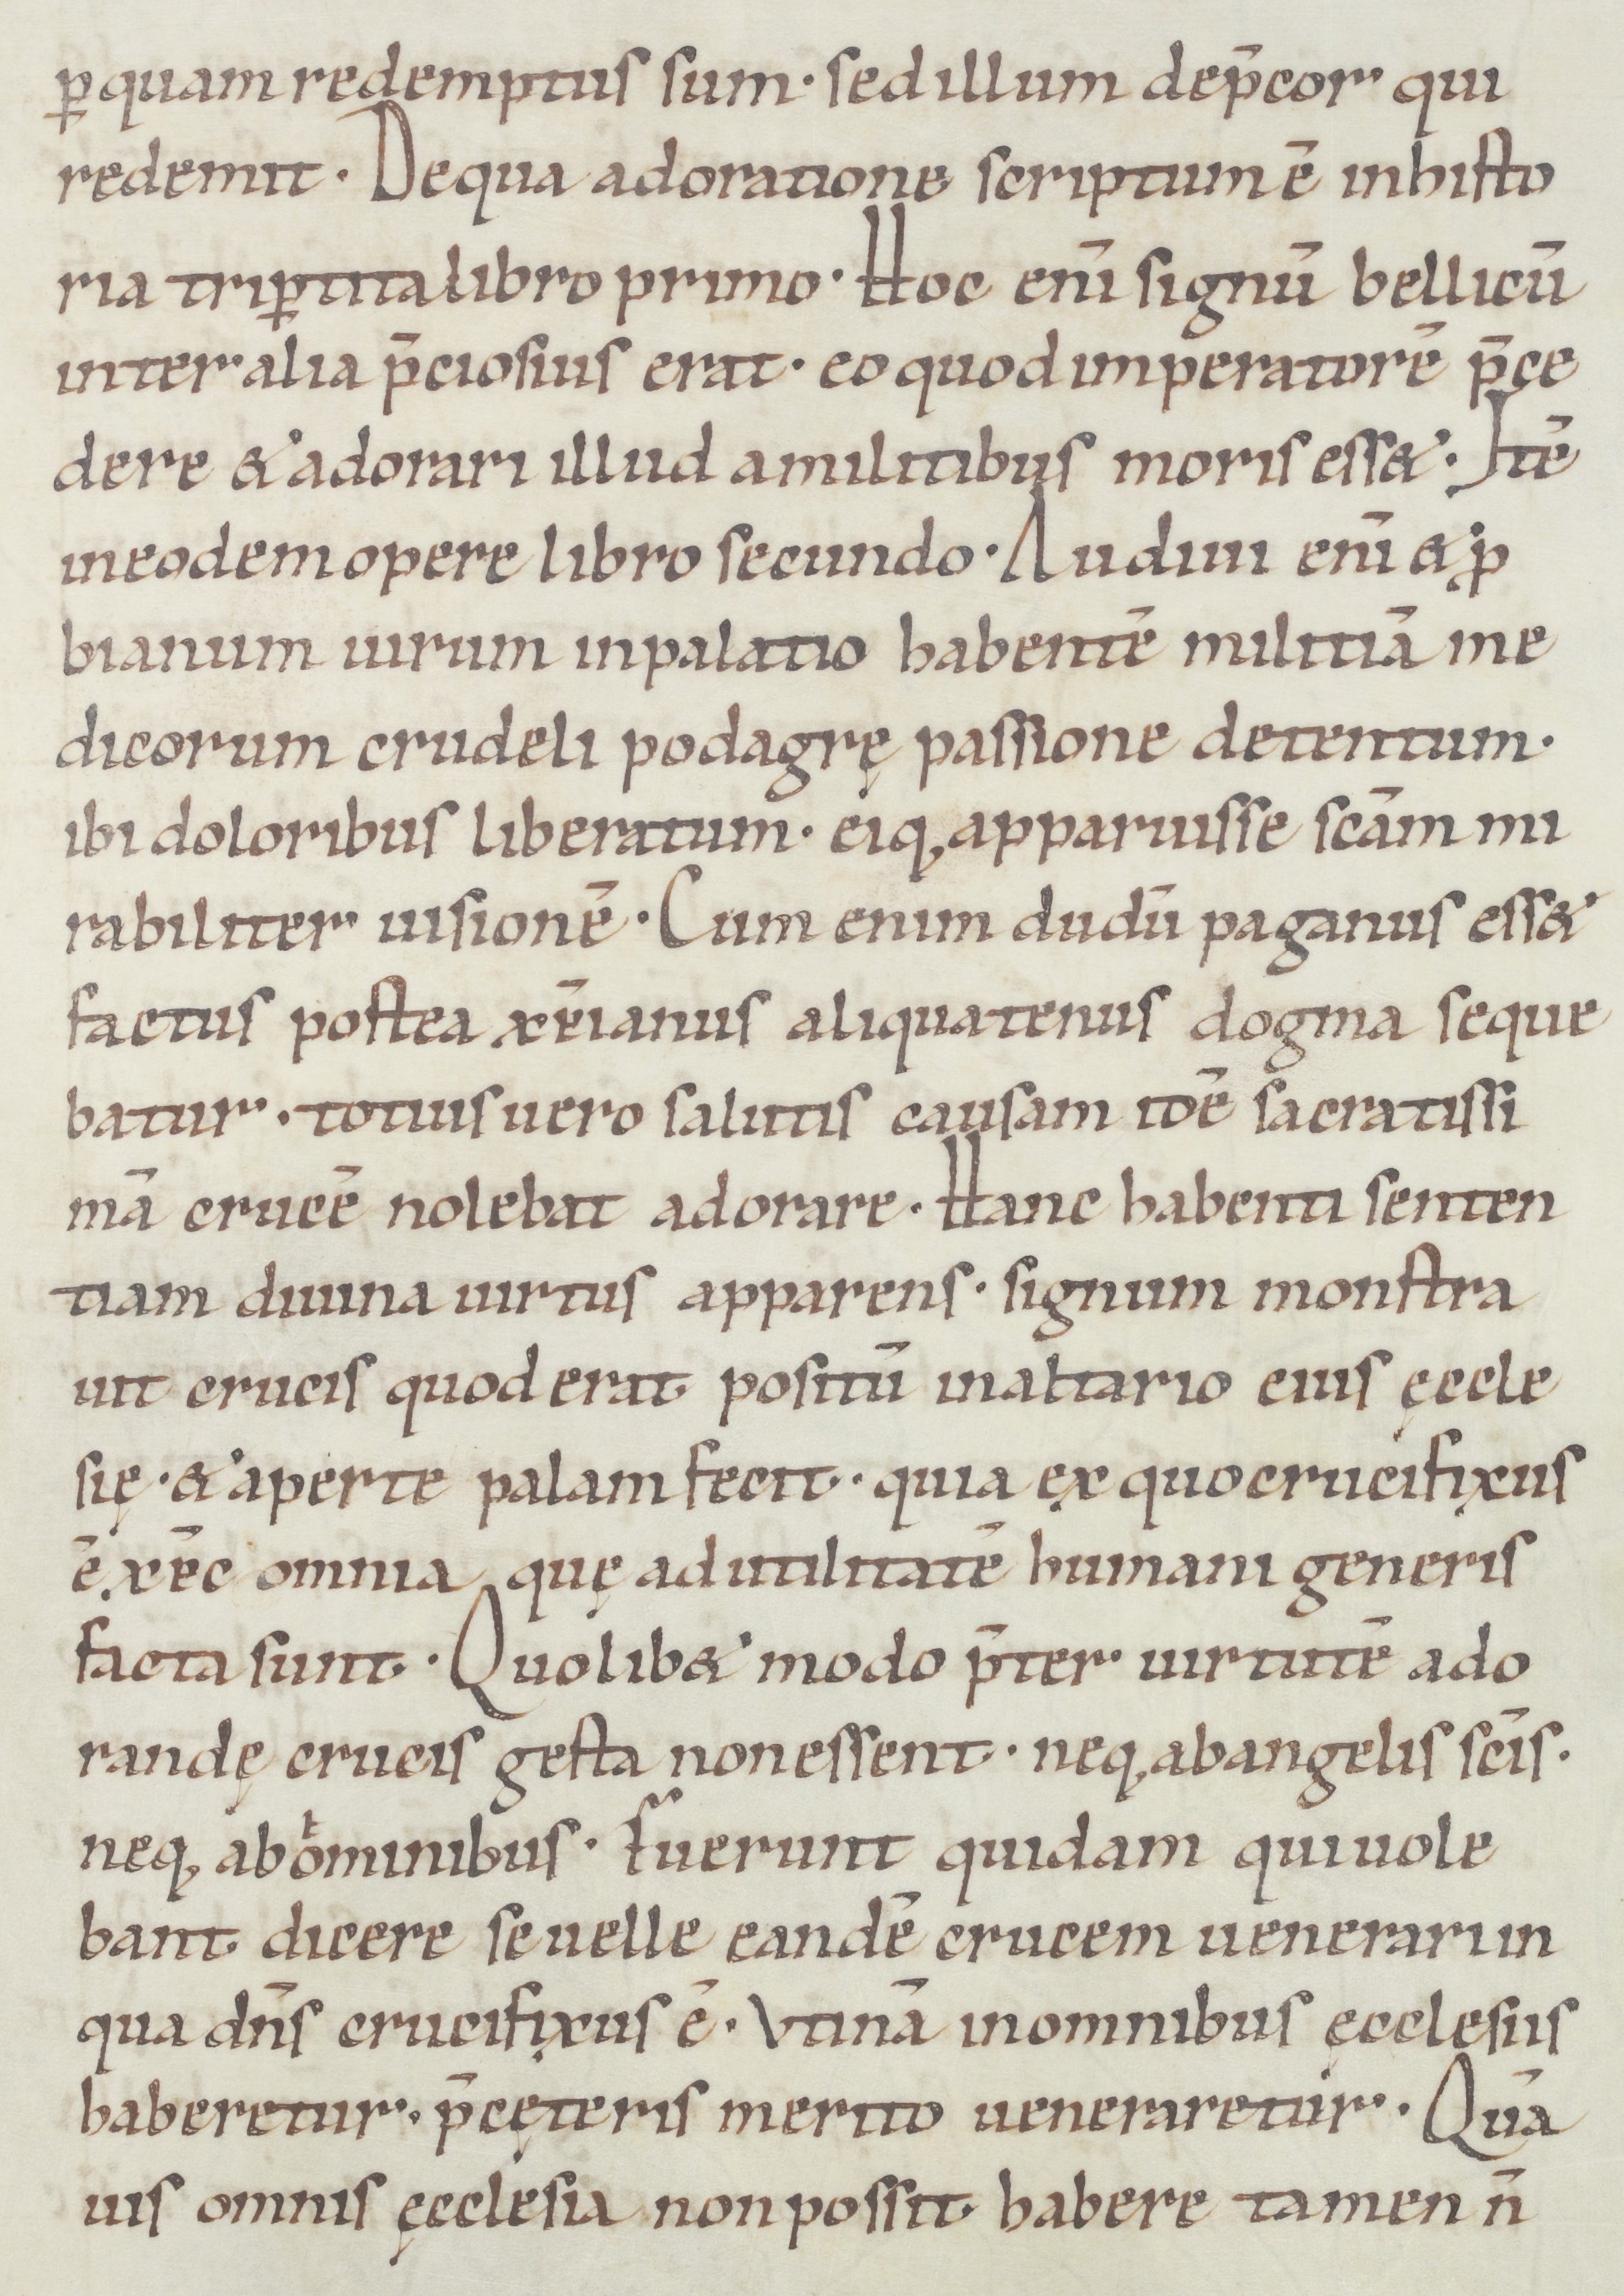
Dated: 1050–1099